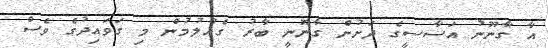
އާ ގާނޫނު އަސާސީގެ ދަށުން ގާނޫނީ ބާރު ގެއްލުމުން މި ގަވައިދުގެ ވެސް